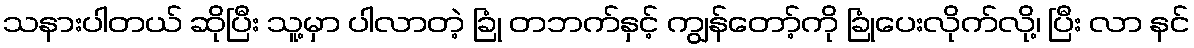
သနားပါတယ် ဆိုပြီး သူ့မှာ ပါလာတဲ့ ခြုံ တဘက်နှင့် ကျွန်တော့်ကို ခြုံပေးလိုက်လို့၊ ပြီး လာ နင်